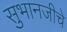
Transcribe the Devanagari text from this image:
सुभानजीचे